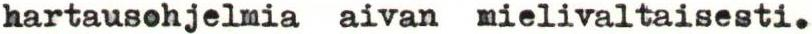
hartausohjelmia aivan mielivaltaisesti.